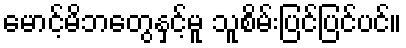
မောင့်မိဘတွေနှင့်မူ သူစိမ်းပြင်ပြင်ပင်။